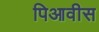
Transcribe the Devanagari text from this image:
पिआवीस